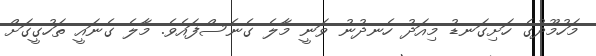
މަހުމޫދުގެ ހަށިގަނޑު މިއަދު ހެނދުނު ވަނީ މާލެ ގެނެސްފައެވެ. މާލެ ގެނައީ ތަހުގީގަށް